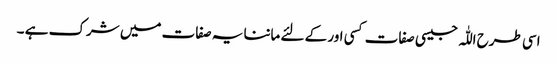
اسی طرح اللّٰہ جیسی صفات کسی اور کے لئے ماننا یہ صفات میں شرک ہے ۔